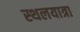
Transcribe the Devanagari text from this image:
स्थलयात्रा